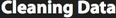
Cleaning Data